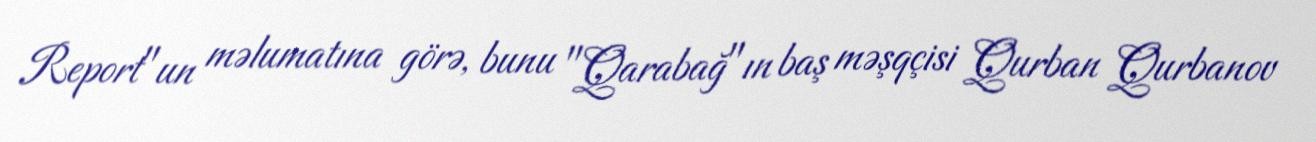
Report"un məlumatına görə, bunu "Qarabağ"ın baş məşqçisi Qurban Qurbanov